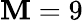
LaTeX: \mathbf{M}=9